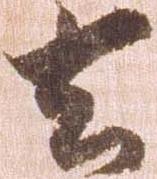
去